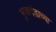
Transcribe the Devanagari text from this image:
भुजादंडाच्या